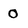
Character: 0